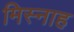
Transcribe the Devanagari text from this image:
मिस्नाह